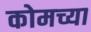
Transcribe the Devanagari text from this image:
कोमच्या